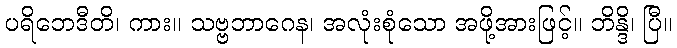
ပရိဘေဒီတိ၊ ကား။ သဗ္ဗဘာဂေန၊ အလုံးစုံသော အဖို့အားဖြင့်။ ဘိန္ဒိ၊ ပြီ။